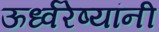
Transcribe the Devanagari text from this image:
ऊर्ध्वरेष्यांनी